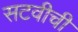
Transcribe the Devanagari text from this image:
सटवीची